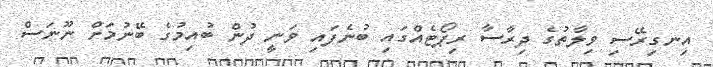
އިނގިރޭސި ވިލާތުގެ ދިރާސާ ރިޕޯޓެއްގައި ބުނެފައި ވަނީ ދުން ބުއިމުގެ ބޭނުމަށް ނޫނަސް